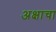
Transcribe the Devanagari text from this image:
अक्षाचा